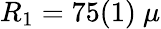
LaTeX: R_{1}=75(1)\ \mu